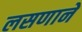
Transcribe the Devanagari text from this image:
लसणाने